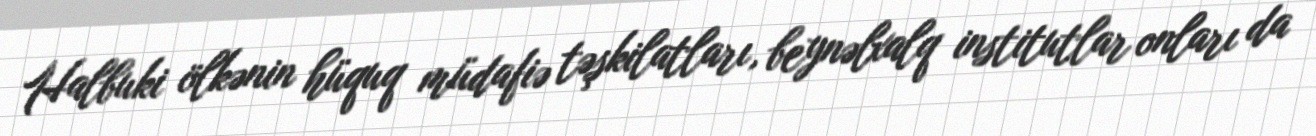
Halbuki ölkənin hüquq müdafiə təşkilatları, beynəlxalq institutlar onları da